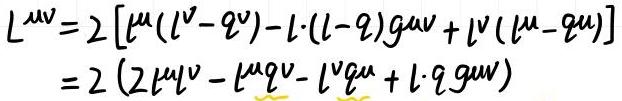
\[
\begin{align*}
L^{\mu\nu}&=2\left[\ell^{\mu}(\ell^{\nu}-q^{\nu})-\ell\cdot(\ell - q)g^{\mu\nu}+\ell^{\nu}(\ell^{\mu}-q^{\mu})\right]\\
&=2\left(2\ell^{\mu}\ell^{\nu}-\ell^{\mu}q^{\nu}-\ell^{\nu}q^{\mu}+\ell\cdot q g^{\mu\nu}\right)
\end{align*}
\]